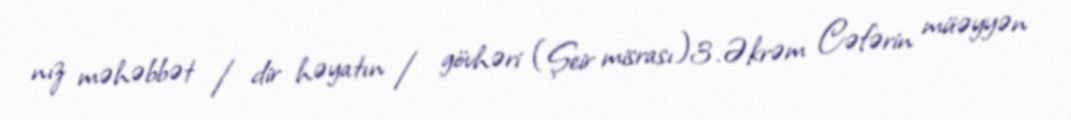
nız məhəbbət / dir həyatın / gövhəri (Şeir misrası)3.Əkrəm Cəfərin müəyyən